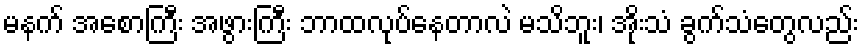
မနက် အစောကြီး အဖွားကြီး ဘာထလုပ်နေတာလဲ မသိဘူး၊ အိုးသံ ခွက်သံတွေလည်း